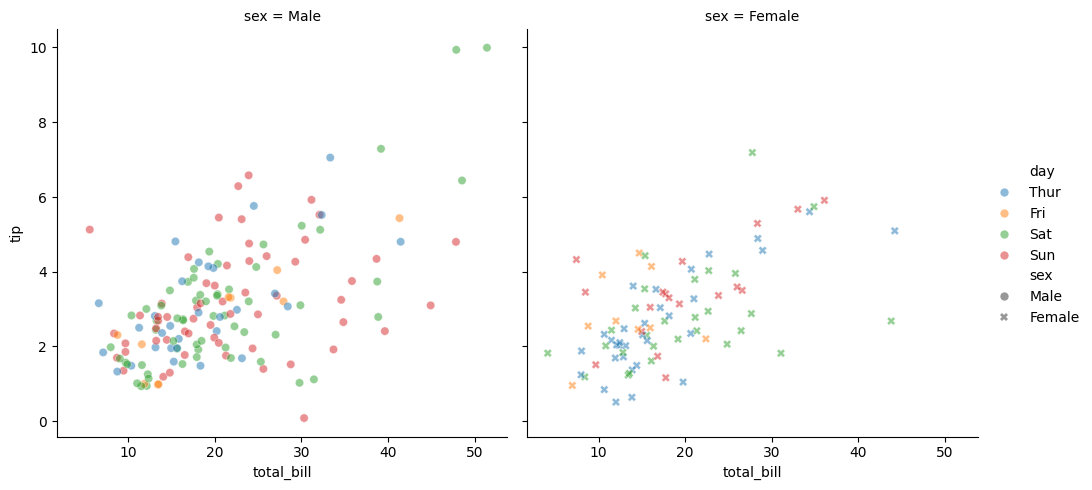
python, seaborn, relplot, alpha=0.5